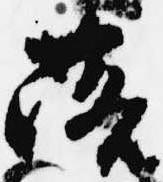
落